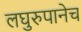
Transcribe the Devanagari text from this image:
लघुरुपानेच